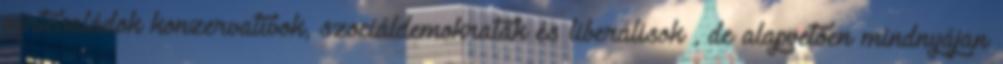
pártcsaládok konzervatívok, szociáldemokraták és liberálisok , de alapvetően mindnyájan